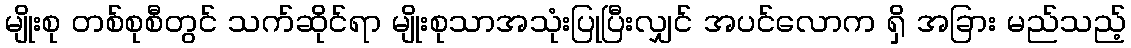
မျိုးစု တစ်စုစီတွင် သက်ဆိုင်ရာ မျိုးစုသာအသုံးပြုပြီးလျှင် အပင်လောက ရှိ အခြား မည်သည့်